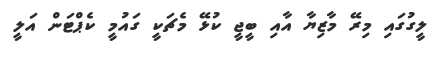
ލީގުގައި މިރޭ މާޒިޔާ އާއި ބީޖީ ކުޅޭ މެޗަކީ ގައުމީ ކެޕްޓަން އަލީ